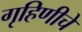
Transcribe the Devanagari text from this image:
गृहिणीचे